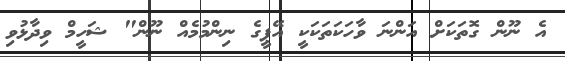
އެ ނޫން ގޮތަކަށް އަންނަ ވާހަކަތަަކަކީ އޭޕީގެ ނިންމުމެއް ނޫން" ޝަހީމް ވިދާޅުވި